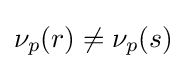
\nu _{p}(r)\neq \nu _{p}(s)